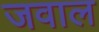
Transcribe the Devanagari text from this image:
जवाल